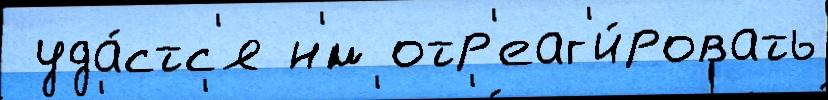
 уда́стс'я н'́м отр'еаг'и́ровать